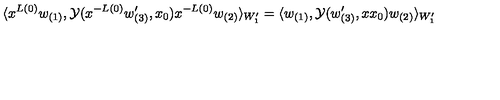
\langle x ^ { L ( 0 ) } w _ { ( 1 ) } , { \cal Y } ( x ^ { - L ( 0 ) } w _ { ( 3 ) } ^ { \prime } , x _ { 0 } ) x ^ { - L ( 0 ) } w _ { ( 2 ) } \rangle _ { W _ { 1 } ^ { \prime } } = \langle w _ { ( 1 ) } , { \cal Y } ( w _ { ( 3 ) } ^ { \prime } , x x _ { 0 } ) w _ { ( 2 ) } \rangle _ { W _ { 1 } ^ { \prime } }